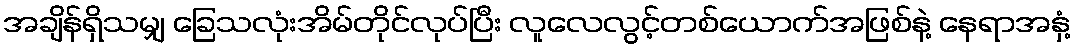
အချိန်ရှိသမျှ ခြေသလုံးအိမ်တိုင်လုပ်ပြီး လူလေလွင့်တစ်ယောက်အဖြစ်နဲ့ နေရာအနှံ့